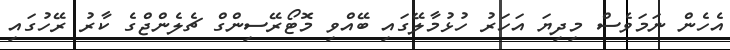
އެހެން ނަމަވެސް މިދިޔަ އަހަރު ހުޅުމާލޭގައި ބޭއްވި މޮޓޯރޭސިންގް ޗެލެންޖްގެ ކާރު ރޭހުގައި